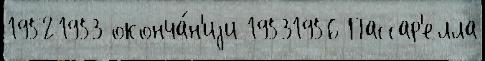
19521953 оконча́н'иjи 19531956 Пассар'елла